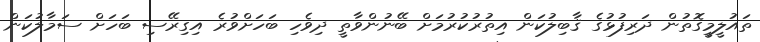
ތައުލީމީގޮތުން ދަރިފުޅުގެ ޤާބިލުކަން އިތުރުކުރުމަށް ބޭނުންވާތީ ދިވެހި ބަހަށްވުރެ އިގިރޭސި ބަހަށް ސަމާލުކަން